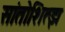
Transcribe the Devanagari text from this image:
सांतोशित्झ